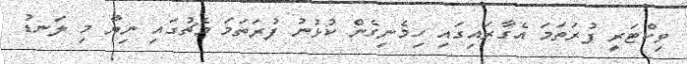
ވިކްޓަރީ ފުރަތަމަ އެގާރައިގައި ހިމެނިގެން ކުޅުނު ފުރަތަމަ މެޗުގައި ނިޔާ މި ލަނޑު